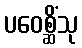
ပဝေစ္ဆိံသု